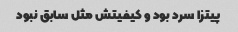
پیتزا سرد بود و کیفیتش مثل سابق نبود